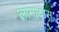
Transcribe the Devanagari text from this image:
लामादास